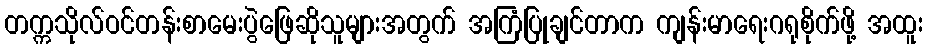
တက္ကသိုလ်ဝင်တန်းစာမေးပွဲဖြေဆိုသူများအတွက် အကြံပြုချင်တာက ကျန်းမာရေးဂရုစိုက်ဖို့ အထူး